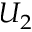
U _ { 2 }